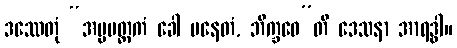
ဒဿေတုံ “အပ္ပမတ္တကံ ခေါ ပနေတံ, ဘိက္ခဝေ”တိ ဒေသနာ အာရဒ္ဓါ။